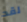
لقد